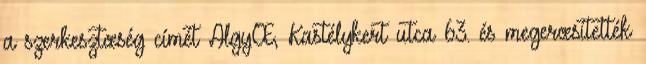
a szerkesztœség címét AlgyŒ, Kastélykert utca 63. és megerœsítették